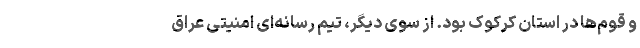
و قوم‌ها در استان کرکوک بود. از سوی دیگر، تیم رسانه‌ای امنیتی عراق